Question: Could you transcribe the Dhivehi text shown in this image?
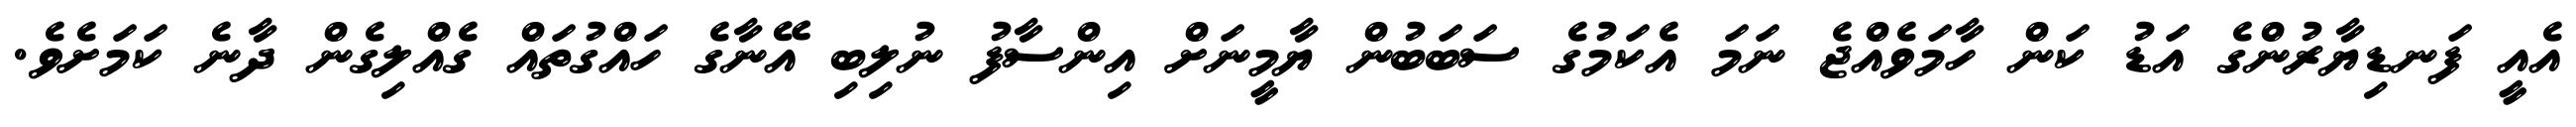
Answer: އެއީ ފަނޑިޔާރުންގެ އަޑު ކަން ހާމަވެއްޖެ ނަމަ އެކަމުގެ ސަބަބުން ޔާމީނަށް އިންސާފު ނުލިބި އޭނާގެ ހައްގުތައް ގެއްލިގެން ދާނެ ކަމަށެވެ.